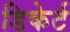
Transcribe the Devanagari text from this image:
डिकेर्ट